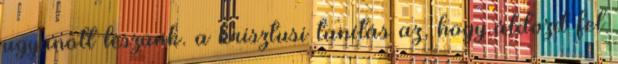
ugyanott leszünk. a krisztusi tanítás az, hogy áldozd fel